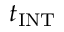
t _ { \mathrm { I N T } }